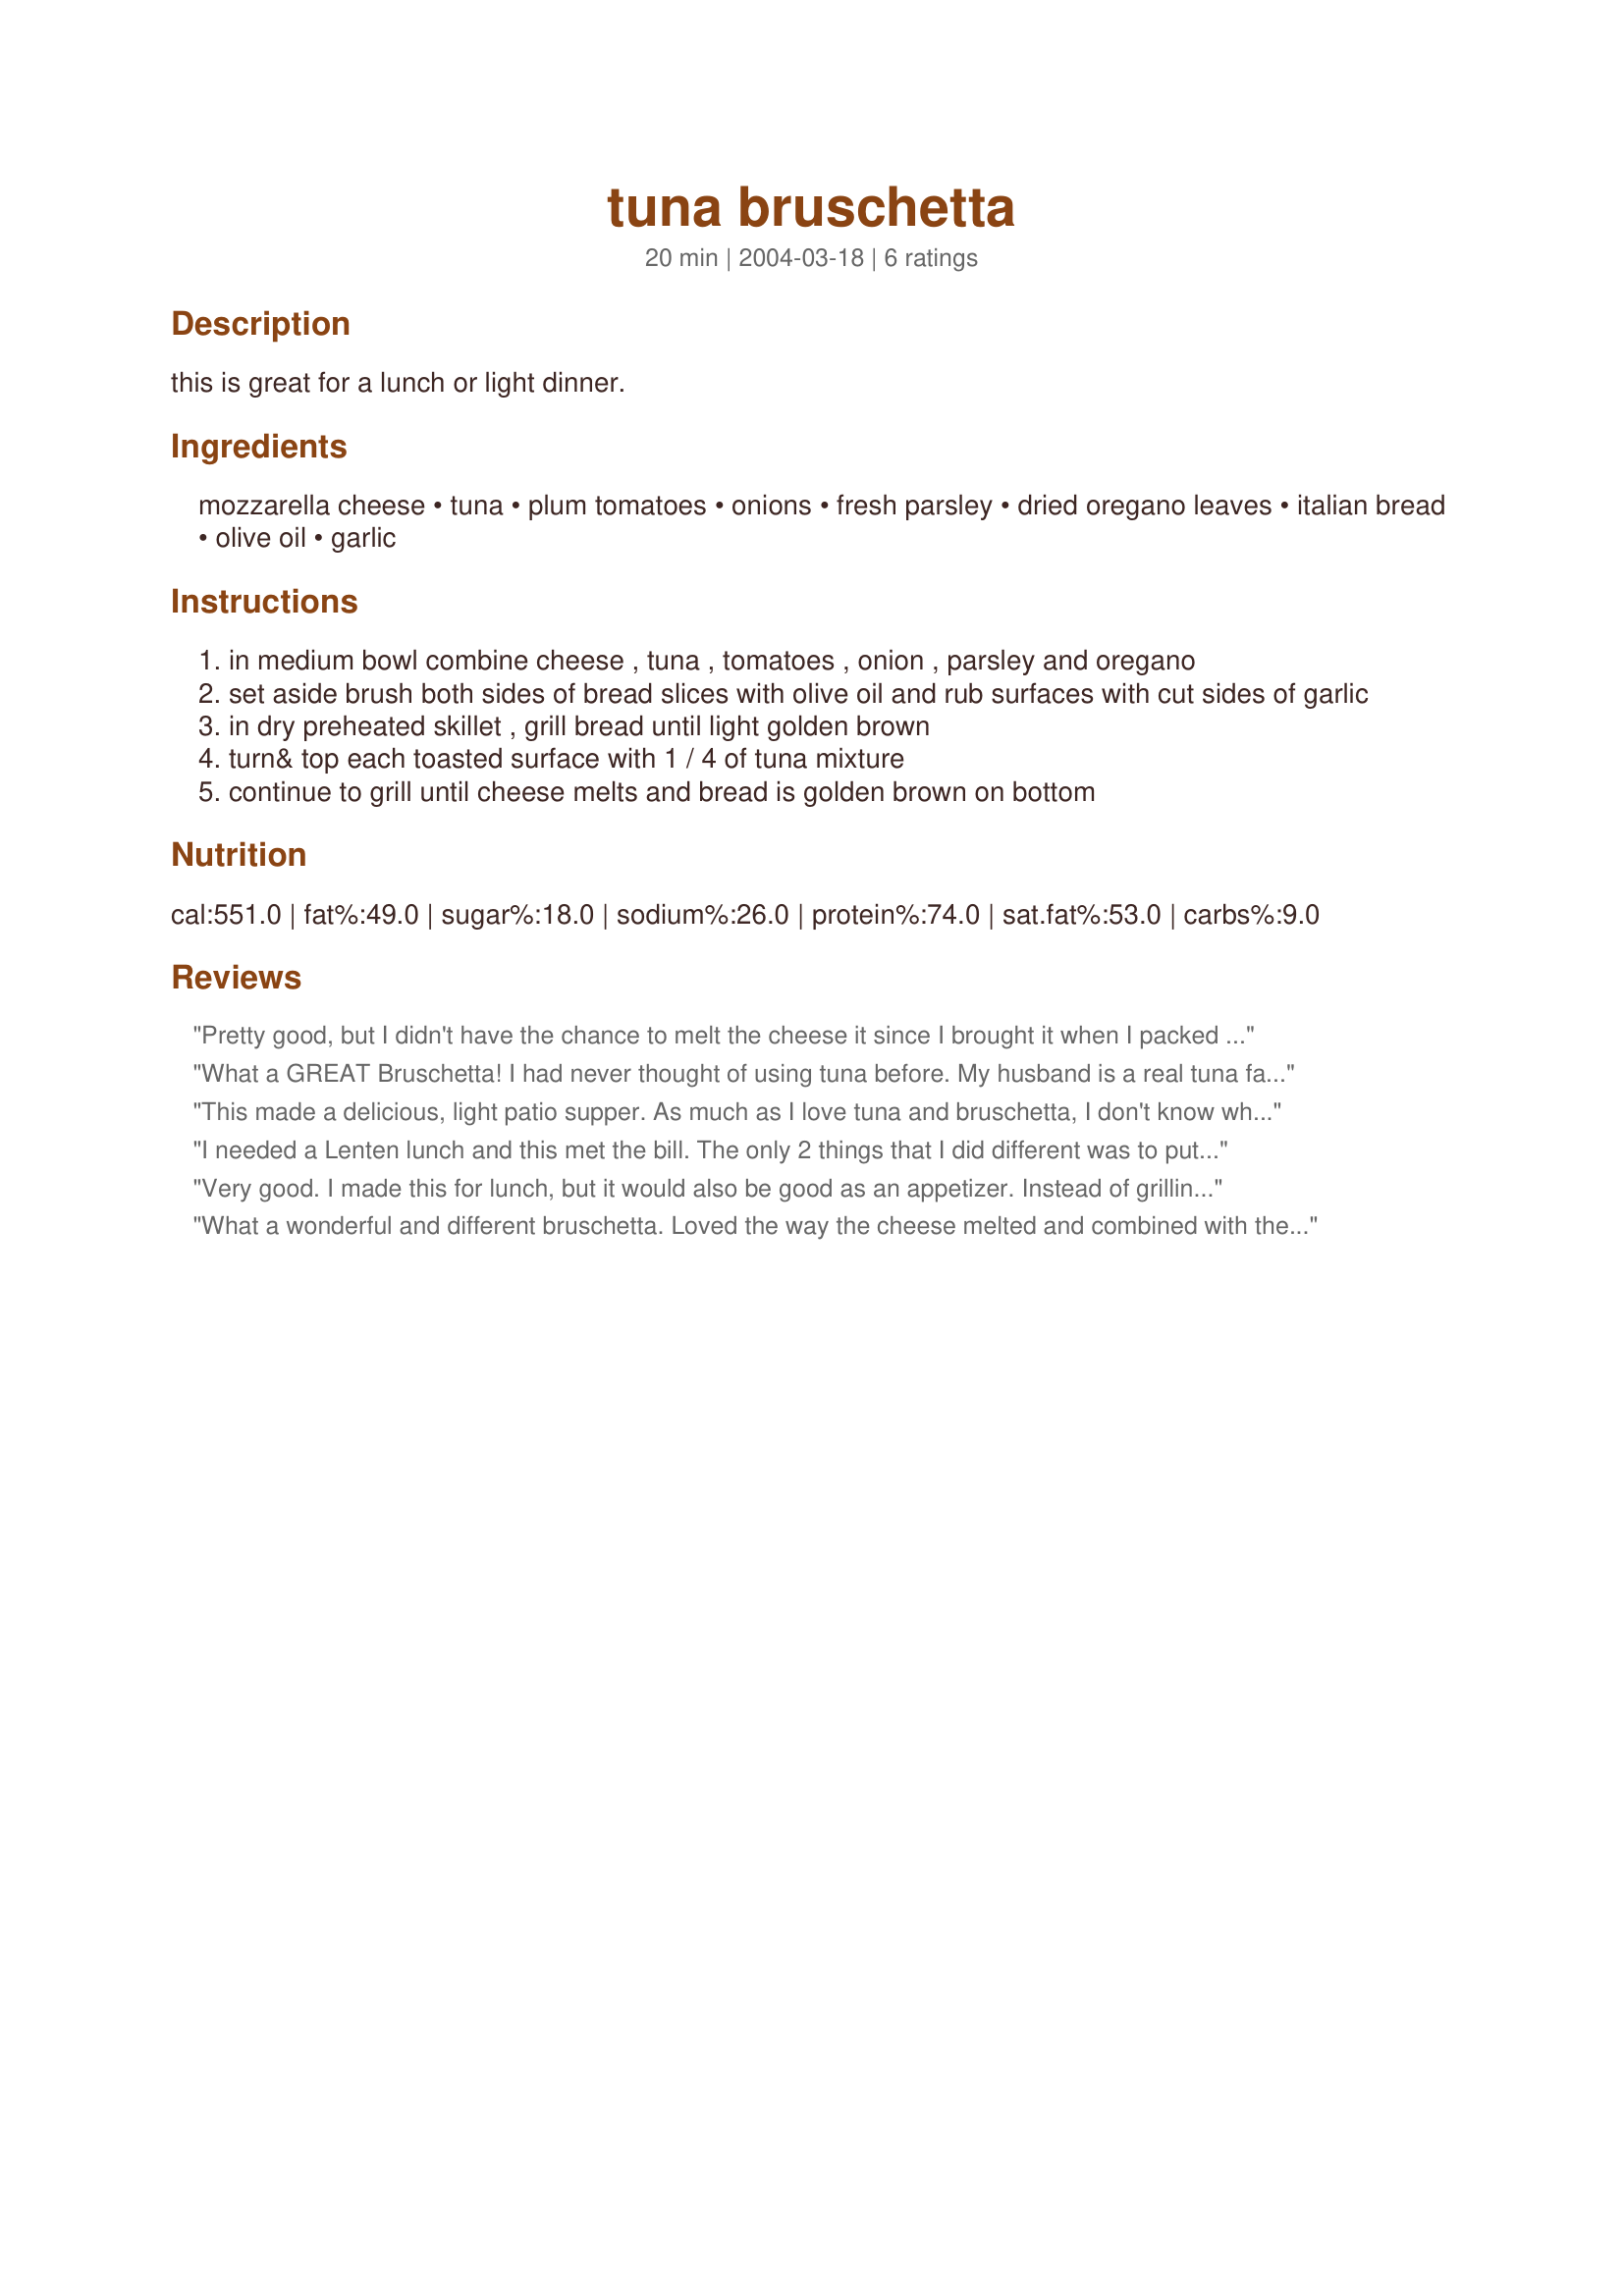
tuna bruschetta
Preparation time: 20 minutes

this is great for a lunch or light dinner.

Ingredients:
mozzarella cheese, tuna, plum tomatoes, onions, fresh parsley, dried oregano leaves, italian bread, olive oil, garlic

Steps:
in medium bowl combine cheese , tuna , tomatoes , onion , parsley and oregano
set aside brush both sides of bread slices with olive oil and rub surfaces with cut sides of garlic
in dry preheated skillet , grill bread until light golden brown
turn& top each toasted surface with 1 / 4 of tuna mixture
continue to grill until cheese melts and bread is golden brown on bottom

Reviews:
Pretty good, but I didn't have the chance to melt the cheese it since I brought it when I packed a lunch. I was still good, but I would imagine that it would taste even better grilled. Thanks
What a GREAT Bruschetta! I had never thought of using tuna before. My husband is a real tuna fan and he absolutely loved this. A nice change of pace way to prepare it. Easy, quick and so tasty....you just can't go wrong with this recipe.
This made a delicious, light patio supper. As much as I love tuna and bruschetta, I don't know why I've never thought of putting the two together. This recipe worked very well and had a good proportion of ingredients. All tuna lovers should give it a try. Thanks BocaPat.
I needed a Lenten lunch and this met the bill. The only 2 things that I did different was to put the mixture on party pumpernickel bread and grilled it on top of the stove, and I used a mixture of cheeses instead of Mozzarella. The flavors blended together nicely and they looked elegant. Even my DH, who is not crazy about tuna, ask me to make them again. Thanks for sharing.
Very good. I made this for lunch, but it would also be good as an appetizer. Instead of grilling, I toasted the bread, then topped it with the tuna mixture and broiled until heated through and the cheese was melted. I used dried onions, dried parsley and garlic powder because that's what I had on hand.
What a wonderful and different bruschetta. Loved the way the cheese melted and combined with the tuna, tomato and onion flavors. Added some fresh chopped basil instead of oregano, just a personal preference. Thanks so much - will definitely keep this with my favorites file.
